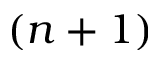
( n + 1 )